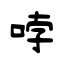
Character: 哱